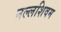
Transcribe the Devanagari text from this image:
नल्लशिवम